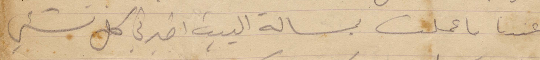
عندما ما عملت بمسألة البين ابرني كل شيء